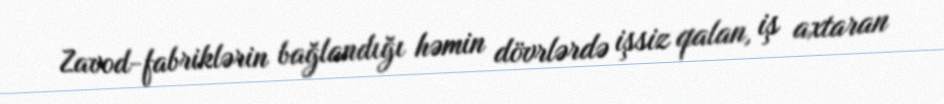
Zavod-fabriklərin bağlandığı həmin dövrlərdə işsiz qalan, iş axtaran